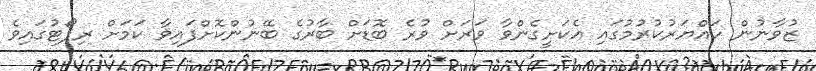
ޒުވާނުން ހައްޔަރުކުރުމުގައި އެކަށީގެންވާ ވަރަށް ވުރެ ބޮޑަށް ބާރުގެ ބޭނުންކޮށްފައިވާ ކަމަށް ރިޕޯޓުގައިވެ